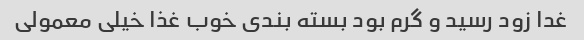
غدا زود رسید و گرم بود بسته بندی خوب غذا خیلی معمولی